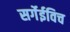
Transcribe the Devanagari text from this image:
सर्गेईविच